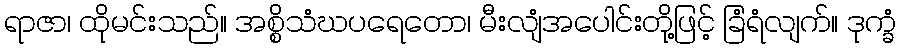
ရာဇာ၊ ထိုမင်းသည်။ အစ္စိသံဃပရေတော၊ မီးလျံအပေါင်းတို့ဖြင့် ခြံရံလျက်။ ဒုက္ခံ